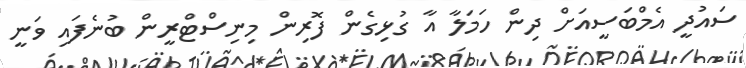
ސައުދީ އެމްބަސީއަށް ދިން ހަމަލާ އާ ގުޅިގެން ފޮރިން މިނިސްޓްރީން ބުނެފައި ވަނީ